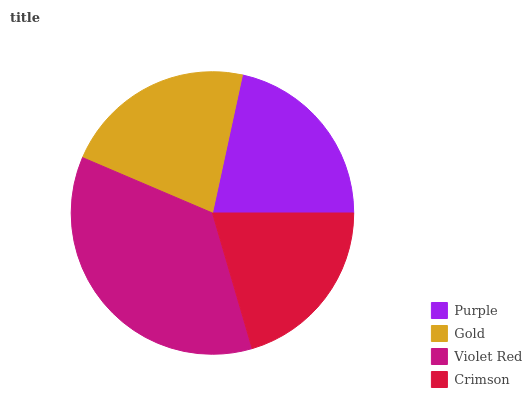
| Purple | Gold | Violet Red | Crimson |
 | --- | --- | --- | --- |
 | 21.6% | 21.9% | 35.9% | 20.5% |